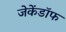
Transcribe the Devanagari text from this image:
जेकेंडॉफ